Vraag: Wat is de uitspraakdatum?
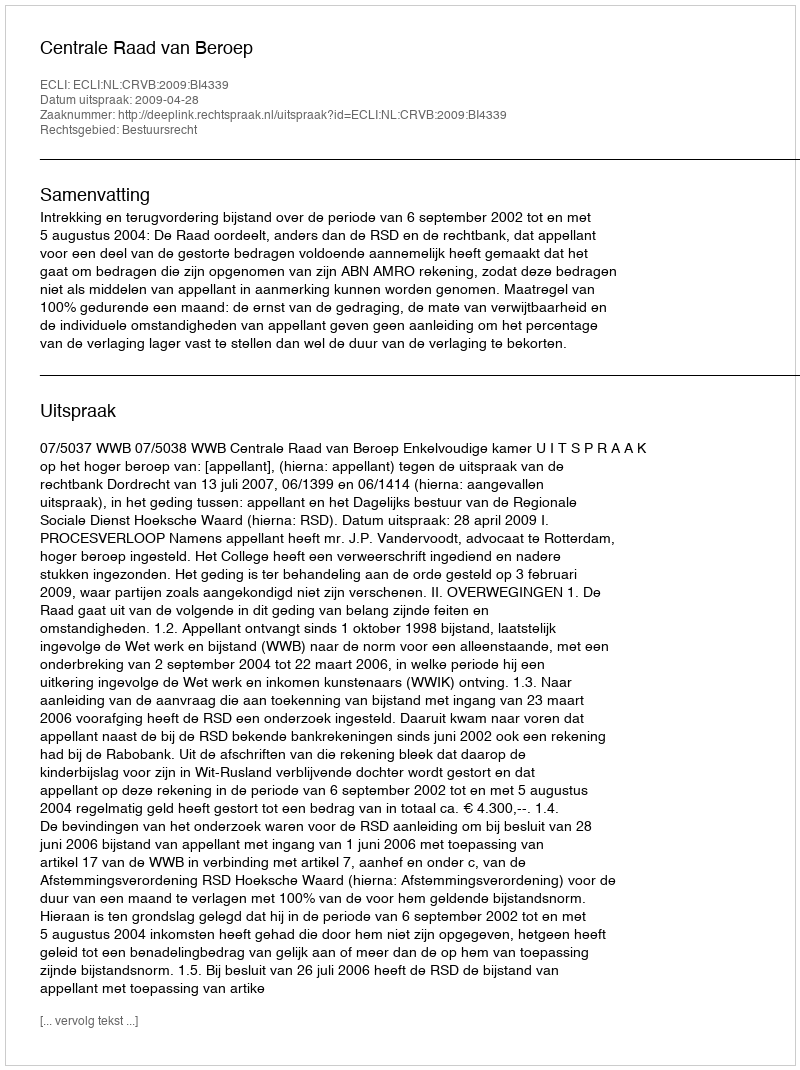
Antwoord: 2009-04-28